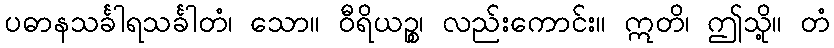
ပဓာနသင်္ခါရသင်္ခါတံ၊ သော။ ဝီရိယဉ္စ၊ လည်းကောင်း။ ဣတိ၊ ဤသို့။ တံ